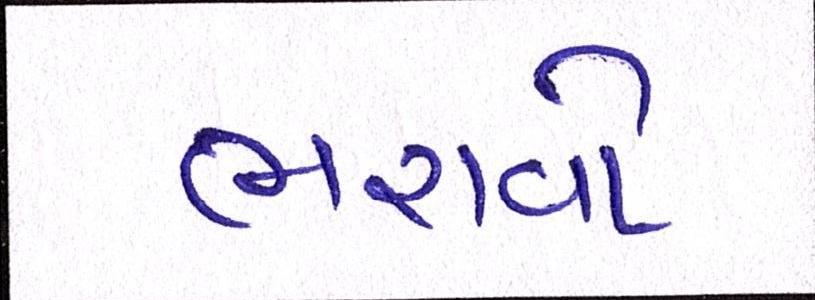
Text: ભરાવોઃ